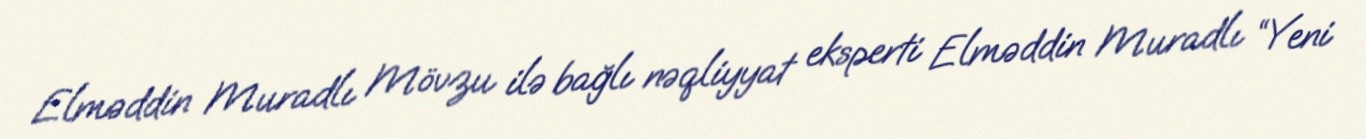
Elməddin Muradlı Mövzu ilə bağlı nəqliyyat eksperti Elməddin Muradlı “Yeni